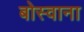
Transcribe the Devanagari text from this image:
बोस्वाना